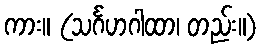
ကား။ (သင်္ဂဟဂါထာ၊ တည်း။)